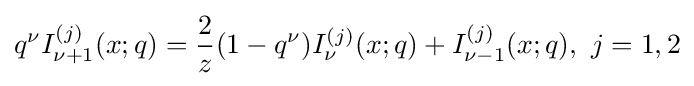
q^{\nu }I_{\nu +1}^{(j)}(x;q)={\frac {2}{z}}(1-q^{\nu })I_{\nu }^{(j)}(x;q)+I_{\nu -1}^{(j)}(x;q),\ j=1,2